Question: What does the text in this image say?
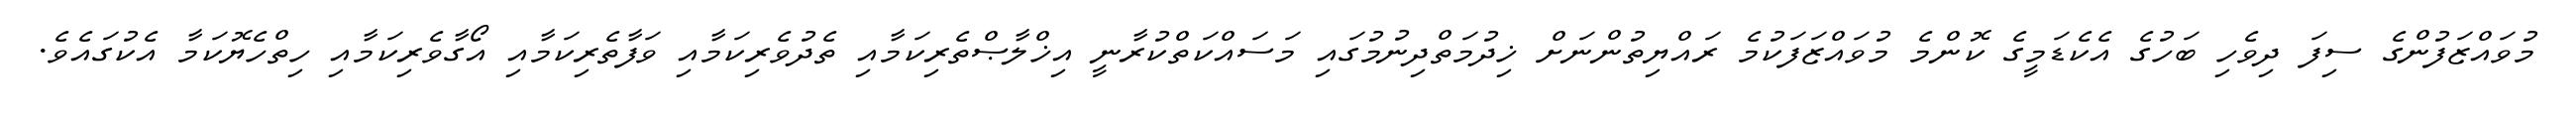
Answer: މުވައްޒަފުންގެ ސިފަ ދިވެހި ބަހުގެ އެކެޑަމީގެ ކޮންމެ މުވައްޒަފަކުމެ ރައްޔިތުންނަށް ޚިދުމަތްދިނުމުގައި މަސައްކަތްކުރާނީ އިޚްލާޞްތެރިކަމާއި ތެދުވެރިކަމާއި ވަފާތެރިކަމާއި އޯގާވެރިކަމާއި ހިތްހެޔޮކަމާ އެކުގައެވެ.